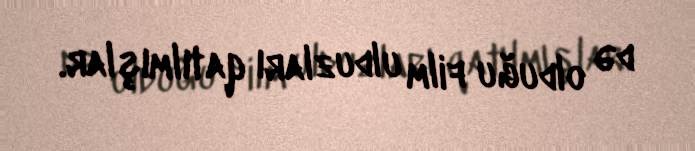
də olduğu film ulduzları qatılmışlar.